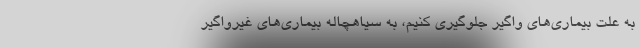
به علت بیماری‌های واگیر جلوگیری کنیم، به سیاهچاله بیماری‌های غیرواگیر